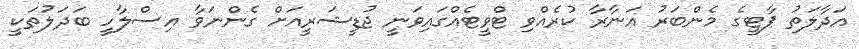
އަދާލަތު ޕާޓީގެ މެންބަރު އަނާރާ ކުރެއްވި ޓްވީޓެއްގައިވަނީ ޖުޑީޝަރީއަށް ގެންނަވާ އިސްލާހީ ބަދަލުތަކީ